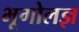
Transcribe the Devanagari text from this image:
भूगोलज्ञ